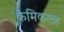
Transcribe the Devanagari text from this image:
केमिकल्ज़